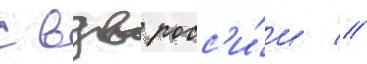
с вдв росс'и́и //